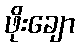
ဖိုးချော